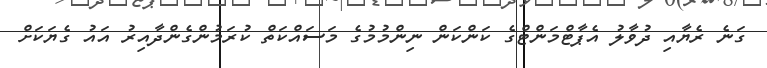
ގަނެ ރެޔާއި ދުވާލު އެޕާޓްމަންޓްގެ ކަންކަން ނިންމުމުގެ މަސައްކަތް ކުރަމުންގެންދާއިރު އައު ގެޔަކަށް